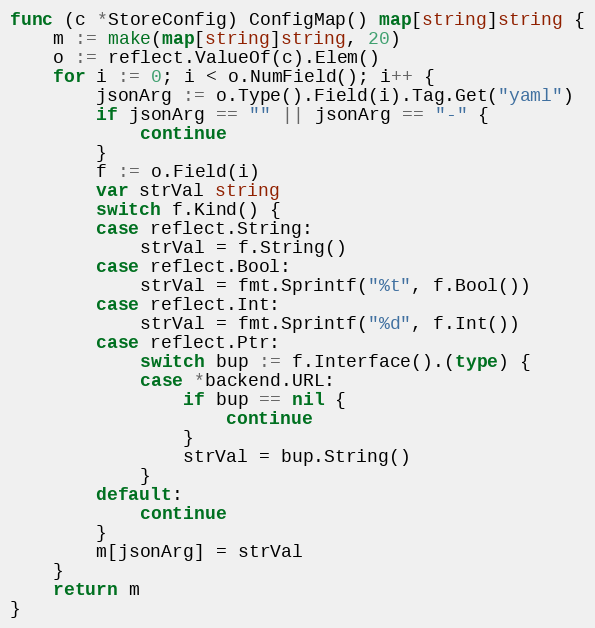
Language: Go
func (c *StoreConfig) ConfigMap() map[string]string {
	m := make(map[string]string, 20)
	o := reflect.ValueOf(c).Elem()
	for i := 0; i < o.NumField(); i++ {
		jsonArg := o.Type().Field(i).Tag.Get("yaml")
		if jsonArg == "" || jsonArg == "-" {
			continue
		}
		f := o.Field(i)
		var strVal string
		switch f.Kind() {
		case reflect.String:
			strVal = f.String()
		case reflect.Bool:
			strVal = fmt.Sprintf("%t", f.Bool())
		case reflect.Int:
			strVal = fmt.Sprintf("%d", f.Int())
		case reflect.Ptr:
			switch bup := f.Interface().(type) {
			case *backend.URL:
				if bup == nil {
					continue
				}
				strVal = bup.String()
			}
		default:
			continue
		}
		m[jsonArg] = strVal
	}
	return m
}